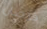
قرصان